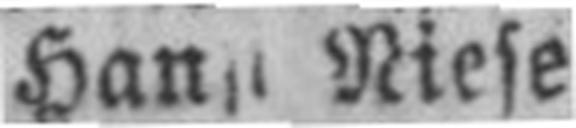
Hansi Niese